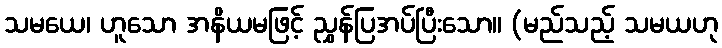
သမယေ၊ ဟူသော အနိယမဖြင့် ညွှန်ပြအပ်ပြီးသော။ (မည်သည့် သမယဟု